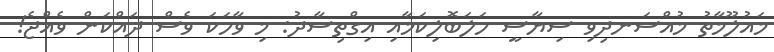
މައުލޫމާތު މުއްސަނދިވި ސިޔާސީ ހަލަބޮލިކަމާއި އިގްތިސާދު: މި ވާހަކަ ވެސް ދައްކަން ވެއްޖެ!